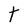
Character: t